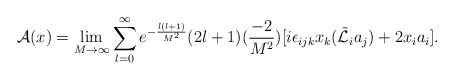
\begin{align*}{\cal A}(x)=\lim_{M\rightarrow\infty}\sum_{l=0}^{\infty} e^{-\frac{l(l+1)}{M^2}}(2l+1)(\frac{-2}{M^2})[i\epsilon_{ijk} x_k(\tilde{\cal L}_i a_j)+2x_i a_i].\end{align*}